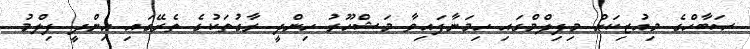
ޞަބާހްގެ މިއުޒިކަށް މިފިލްމްގައި ހިމަނާފައިވާ މަޝްހޫރު ހިންދީ ރާގުތަކުގެ ތެރޭގައި ހިންދީ ފިލްމު